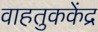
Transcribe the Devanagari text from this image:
वाहतुककेंद्र